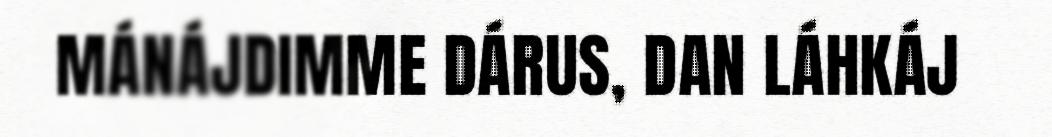
MÁNÁJDIMME DÁRUS, DAN LÁHKÁJ